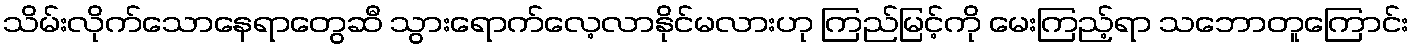
သိမ်းလိုက်သောနေရာတွေဆီ သွားရောက်လေ့လာနိုင်မလားဟု ကြည်မြင့်ကို မေးကြည့်ရာ သဘောတူကြောင်း